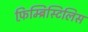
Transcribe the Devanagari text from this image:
फ़िम्ब्रिस्टिलिस